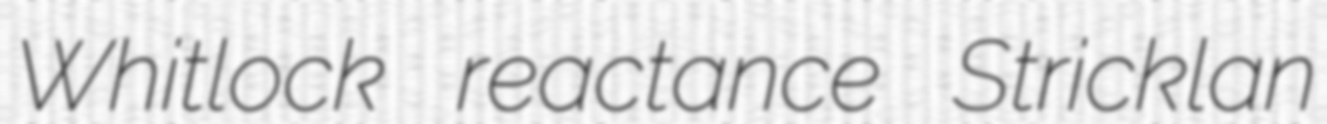
Whitlock reactance Stricklan